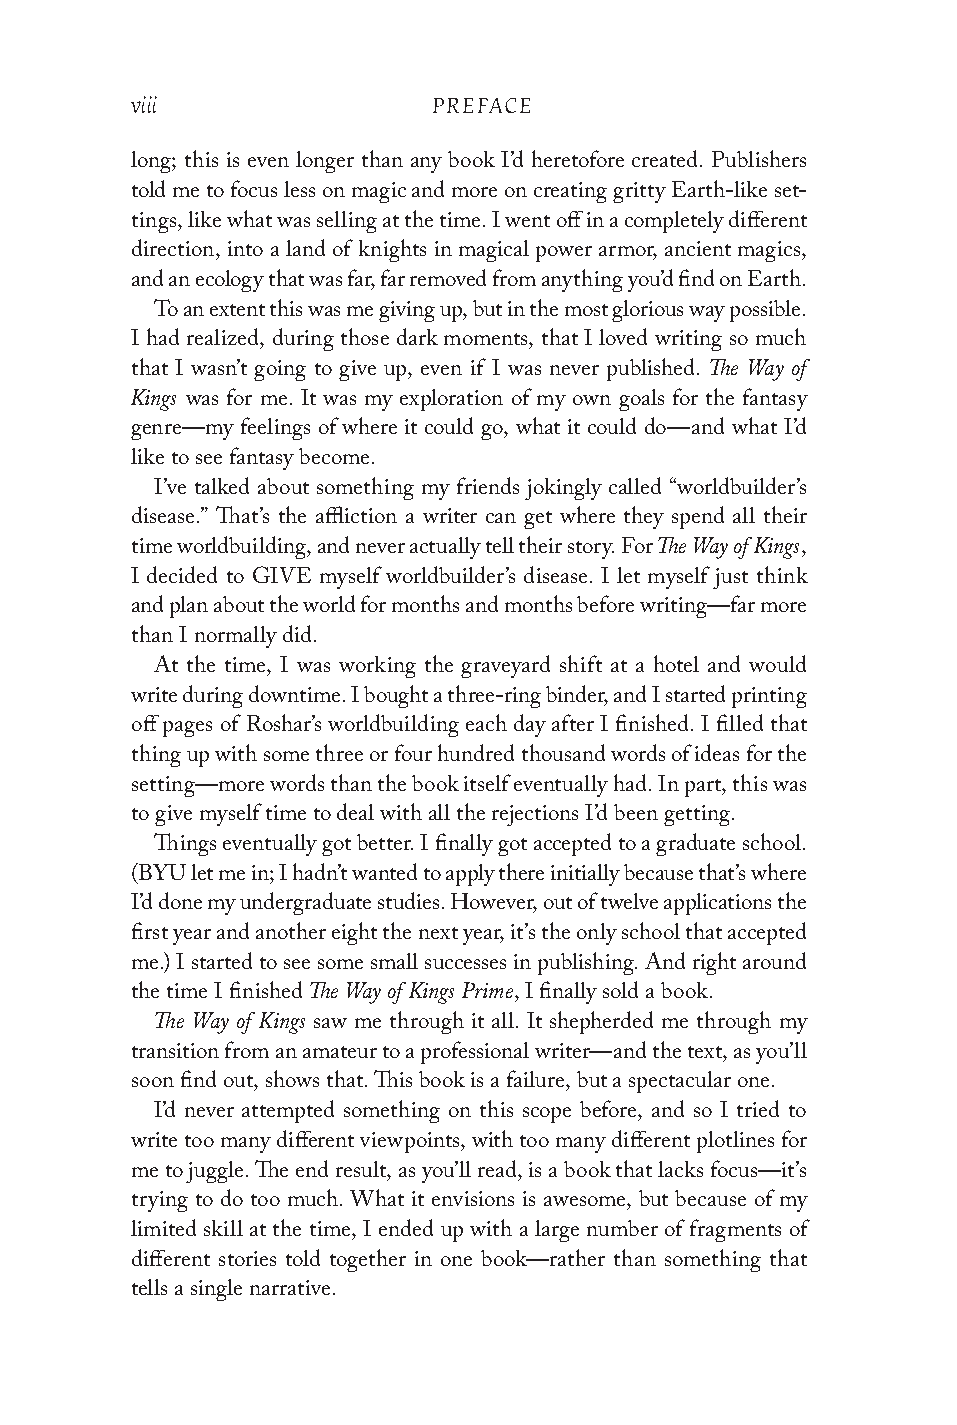
viii                PREFACE
 long; this is even longer than any book I’d heretofore created. Publishers
 told me to focus less on magic and more on creating gritty Earth-like set-
 tings, like what was selling at the time. I went off in a completely different
 direction, into a land of knights in magical power armor, ancient magics,
 and an ecology that was far, far removed from anything you’d find on Earth.
 To an extent this was me giving up, but in the most glorious way possible.
 I had realized, during those dark moments, that I loved writing so much
 The Way of
 that I wasn’t going to give up, even if I was never published.
 Kings
 was for me. It was my exploration of my own goals for the fantasy
 genre—my feelings of where it could go, what it could do—and what I’d
 like to see fantasy become.
 I’ve talked about something my friends jokingly called “worldbuilder’s
 disease.” That’s the affliction a writer can get where they spend all their
 The Way of Kings
 time worldbuilding, and never actually tell their story. For ,
 I decided to GIVE myself worldbuilder’s disease. I let myself just think
 and plan about the world for months and months before writing—far more
 than I normally did.
 At the time, I was working the graveyard shift at a hotel and would
 write during downtime. I bought a three-ring binder, and I started printing
 off pages of Roshar’s worldbuilding each day after I finished. I filled that
 thing up with some three or four hundred thousand words of ideas for the
 setting—more words than the book itself eventually had. In part, this was
 to give myself time to deal with all the rejections I’d been getting.
 Things eventually got better. I finally got accepted to a graduate school.
 (BYU let me in; I hadn’t wanted to apply there initially because that’s where
 I’d done my undergraduate studies. However, out of twelve applications the
 first year and another eight the next year, it’s the only school that accepted
 me.) I started to see some small successes in publishing. And right around
 The Way of Kings Prime
 the time I finished      , I finally sold a book.
 The Way of Kings
 saw me through it all. It shepherded me through my
 transition from an amateur to a professional writer—and the text, as you’ll
 soon find out, shows that. This book is a failure, but a spectacular one.
 I’d never attempted something on this scope before, and so I tried to
 write too many different viewpoints, with too many different plotlines for
 me to juggle. The end result, as you’ll read, is a book that lacks focus—it’s
 trying to do too much. What it envisions is awesome, but because of my
 limited skill at the time, I ended up with a large number of fragments of
 different stories told together in one book—rather than something that
 tells a single narrative.